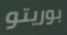
بوريتو